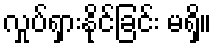
လှုပ်ရှားနိုင်ခြင်း မရှိ။